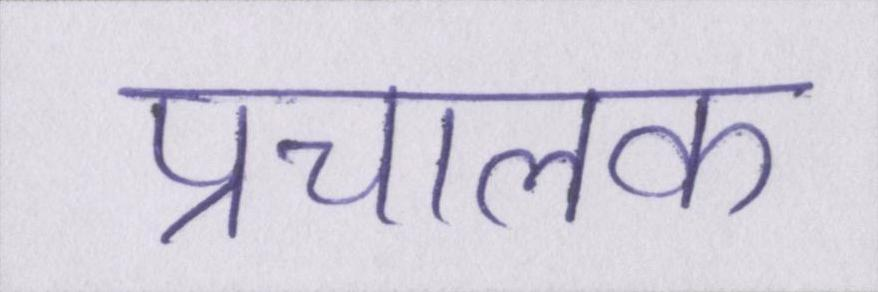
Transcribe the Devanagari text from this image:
प्रचालक